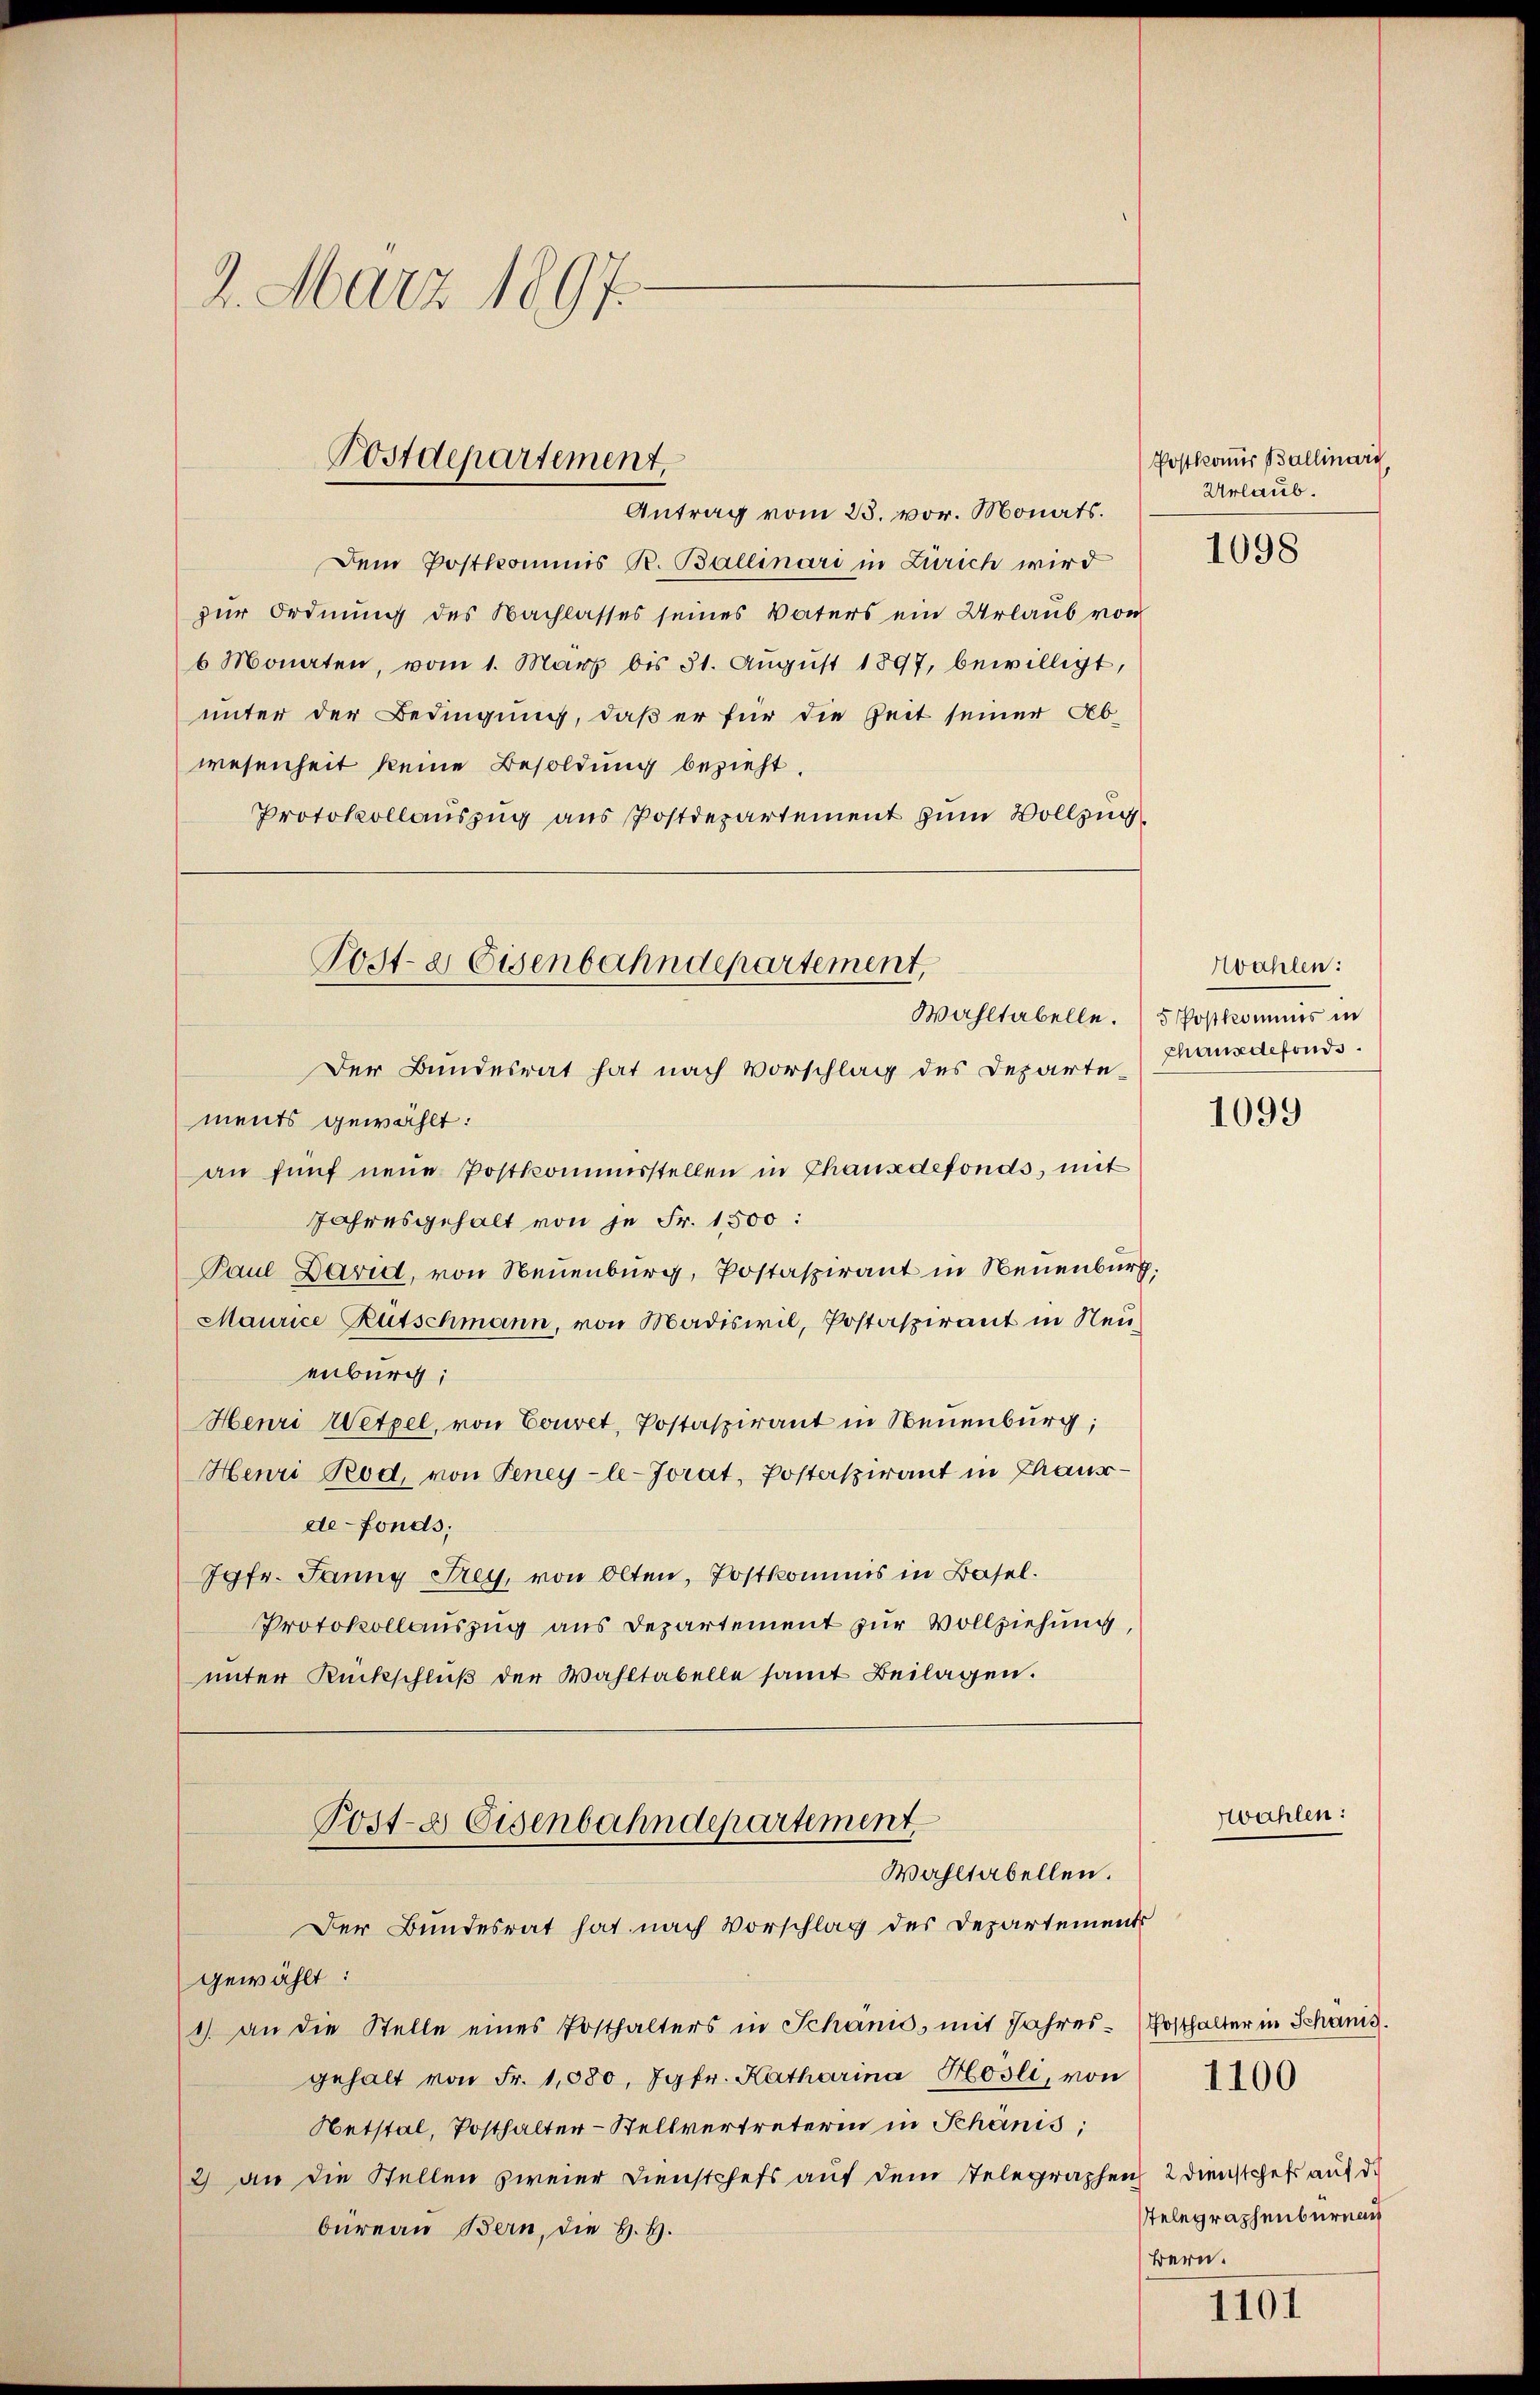
2. März 1897.

Antrag vom 23. vor. Monats.
Dem Postkommis R. Ballinari in Zürich wird
zur Ordnung des Nachlasses seines Vaters ein Urlaub von
6 Monaten, vom 1. März bis 31. August 1897, bewilligt,
unter der Bedingung, daß er für die Zeit seiner Ab-
wesenheit keine Besoldung bezieht.
Protokollauszug aus Postdepartement zum Vollzug¬

Postdepartement,

Der Bundesrat hat nach Vorschlag des Departe,
ments gewählt:
an fünf neue Postkommisstellen in Thausdefonds, mit
Jahresgehalt von je Fr. 1500:
Paul David, von Neuenburg, Postaspirant in Neuenburg,
Maurice Rutschmann, von Madiswil, Postaspirant in Neuenburg;
Henri Wetzel, von Couret, Postaspirant in Neuenburg,
Henri Tod, von Peney-le-Jorat, Postaspirant in Thausde-Fonds;
Jgfr. Janny Frey, von Olten, Postkommis in Basel.
Protokollauszug aus Departement zur Vollziehung,
unter Rückschlŭβ der Wahltabelle samt Beilagen.
Post- & Eisenbahndepartement
Wahltabellen.
Der Bundesrat hat nach Vorschlag des Departements
gewählt:
1) an die Stelle eines Posthalters in Schanis, mit Jahres- (Posthalter in Schönis.
gehalt von Fr. 1080, Jgfr. Katharina Hösli, von 1100
Netstal, Posthalter-Stellvertreterin in Schönis;
2) an die Stellen zweier Dienstchefs auf dem Telegraphen 2 Dienstchefs auf de
büreau Bern, die H. H.

Post- & Eisenbahndepartement,
Wahltabelle. Postkommis in

Postkammer Ballinari
Urlaub.

1098

Wahlen:
phansdefonds.

1099

swahlen:

stelegraphenbürnach
Bern.

1101